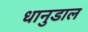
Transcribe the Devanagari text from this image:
धानुडाल